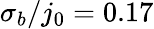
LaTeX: \sigma_{b}/j_{0}=0.17